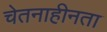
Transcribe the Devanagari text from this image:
चेतनाहीनता